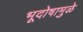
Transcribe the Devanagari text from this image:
भूदोषामुळे